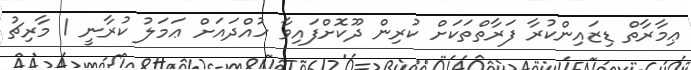
ޢިމާރާތް ޑިޒައިންކުރާ ފަރާތްތަކަށް ކުރިން ދޫކޮށްފައިވާ ހުއްދައަށް ޢަމަލު ކުރާނީ 1 މާރިޗު